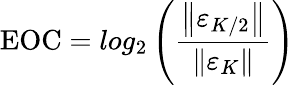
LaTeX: \textrm{EOC}=log_{2}\left(\frac{\left\| \varepsilon_{K/2}\right\| }{\left\| \varepsilon_{K}\right\| }\right)